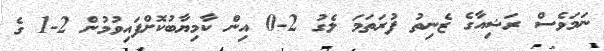
ނަމަވެސް ރަޝިއާގެ ޒެނިތު ފުރަތަމަ ލެގު 2-0 އިން ކާމިޔާބުކޮށްފައިވުމުން 2-1 ގެ